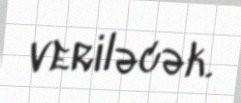
veriləcək.